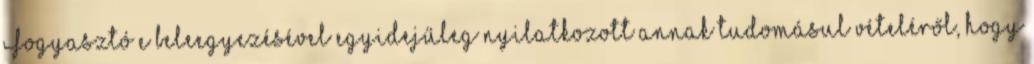
Fogyasztó e beleegyezésével egyidejűleg nyilatkozott annak tudomásul vételéről, hogy